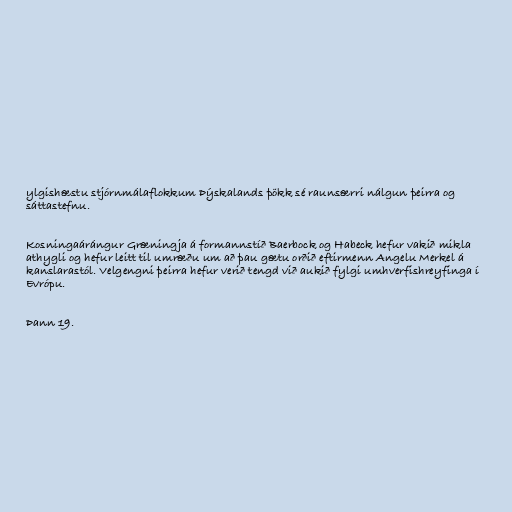
ylgishæstu stjórnmálaflokkum Þýskalands þökk sé raunsærri nálgun þeirra og
sáttastefnu.

Kosningaárángur Græningja á formannstíð Baerbock og Habeck hefur vakið mikla
athygli og hefur leitt til umræðu um að þau gætu orðið eftirmenn Angelu Merkel á
kanslarastól. Velgengni þeirra hefur verið tengd við aukið fylgi umhverfishreyfinga í
Evrópu.

Þann 19.